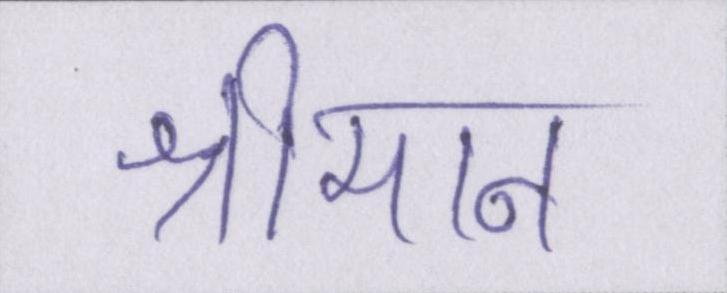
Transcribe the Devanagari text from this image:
श्रीमान